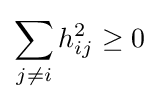
\sum _{j\neq i}h_{ij}^{2}\geq 0